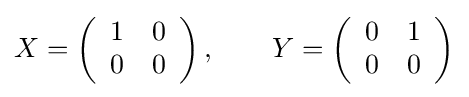
X=\left({\begin{array}{cc}1&0\\0&0\end{array}}\right),\qquad Y=\left({\begin{array}{cc}0&1\\0&0\end{array}}\right)